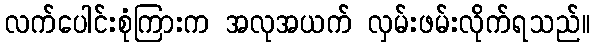
လက်ပေါင်းစုံကြားက အလုအယက် လှမ်းဖမ်းလိုက်ရသည်။